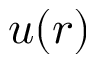
u ( r )